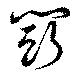
闘